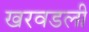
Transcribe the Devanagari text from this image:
खरवडली